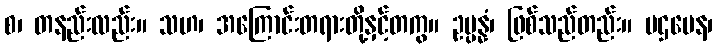
စ၊ တနည်းလည်း။ သဟ၊ အကြောင်းတရားတို့နှင့်တကွ။ ဥပ္ပန္နံ၊ ဖြစ်သည်တည်း။ ပဌမေန၊